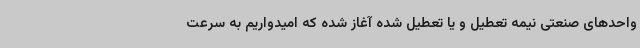
واحدهای صنعتی نیمه تعطیل و یا تعطیل شده آغاز شده که امیدواریم به سرعت